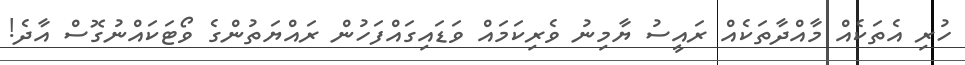
ހުރި އެތަކެއް މާއްދާތަކެއް ރައީސު ޔާމިނު ވެރިކަމައް ވަޑައިގައްފަހުން ރައްޔަތުންގެ ވޯޓަކައްނުގޮސް އާދެ!